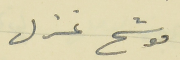
موشح غزل